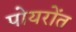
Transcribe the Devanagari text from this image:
पोयरोंत